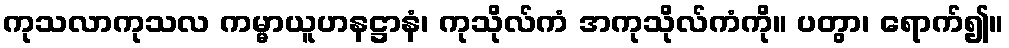
ကုသလာကုသလ ကမ္မာယူဟနဋ္ဌာနံ၊ ကုသိုလ်ကံ အကုသိုလ်ကံကို။ ပတွာ၊ ရောက်၍။